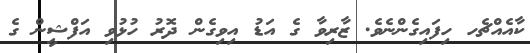
ކާއެއްޗެހ ހިފައިގެންނެވެ. ޒާރިވާ ގެ އަޑު އިވިގެން ދޮރު ހުޅުވި އަފްޝީން ގެ